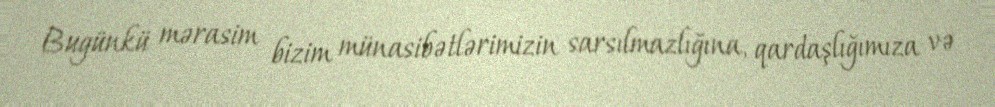
Bugünkü mərasim bizim münasibətlərimizin sarsılmazlığına, qardaşlığımıza və